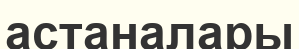
астаналары